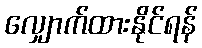
လျှောက်ထားနိုင်ရန်